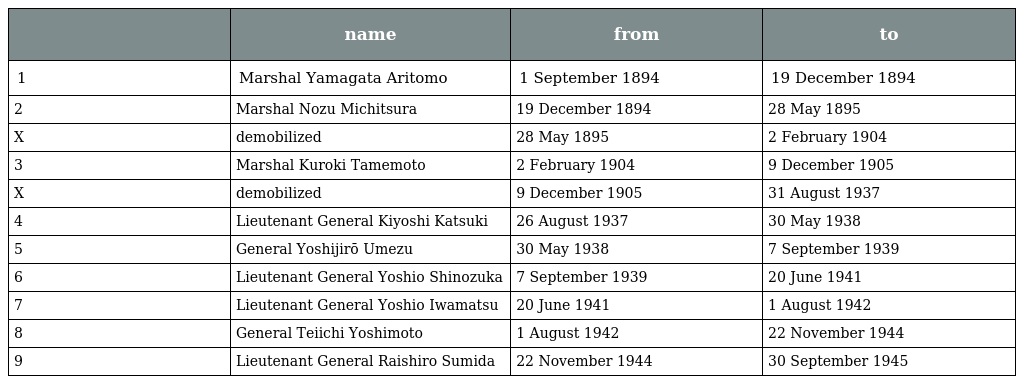
|  | name | from | to |
 | --- | --- | --- | --- |
 | 1 | Marshal Yamagata Aritomo | 1 September 1894 | 19 December 1894 |
 | 2 | Marshal Nozu Michitsura | 19 December 1894 | 28 May 1895 |
 | X | demobilized | 28 May 1895 | 2 February 1904 |
 | 3 | Marshal Kuroki Tamemoto | 2 February 1904 | 9 December 1905 |
 | X | demobilized | 9 December 1905 | 31 August 1937 |
 | 4 | Lieutenant General Kiyoshi Katsuki | 26 August 1937 | 30 May 1938 |
 | 5 | General Yoshijirō Umezu | 30 May 1938 | 7 September 1939 |
 | 6 | Lieutenant General Yoshio Shinozuka | 7 September 1939 | 20 June 1941 |
 | 7 | Lieutenant General Yoshio Iwamatsu | 20 June 1941 | 1 August 1942 |
 | 8 | General Teiichi Yoshimoto | 1 August 1942 | 22 November 1944 |
 | 9 | Lieutenant General Raishiro Sumida | 22 November 1944 | 30 September 1945 |